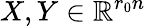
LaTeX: X,Y\in\mathbb{R}^{r_{0}n}